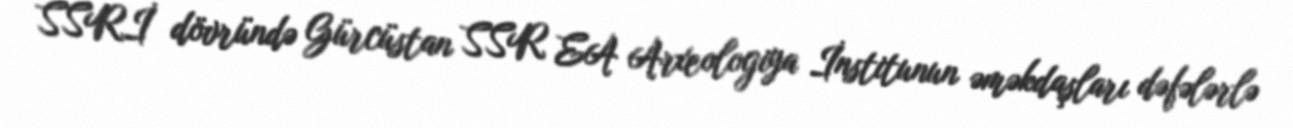
SSRİ dövründə Gürcüstan SSR EA Arxeologiya İnstitunun əməkdaşları dəfələrlə